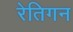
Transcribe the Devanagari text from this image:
रेतिगन